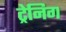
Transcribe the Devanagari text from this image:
ट्रेनिग